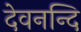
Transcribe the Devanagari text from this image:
देवनन्दि